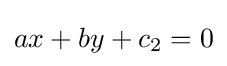
ax+by+c_{2}=0